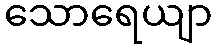
သောရေယျာ